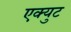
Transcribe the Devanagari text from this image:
एक्युट